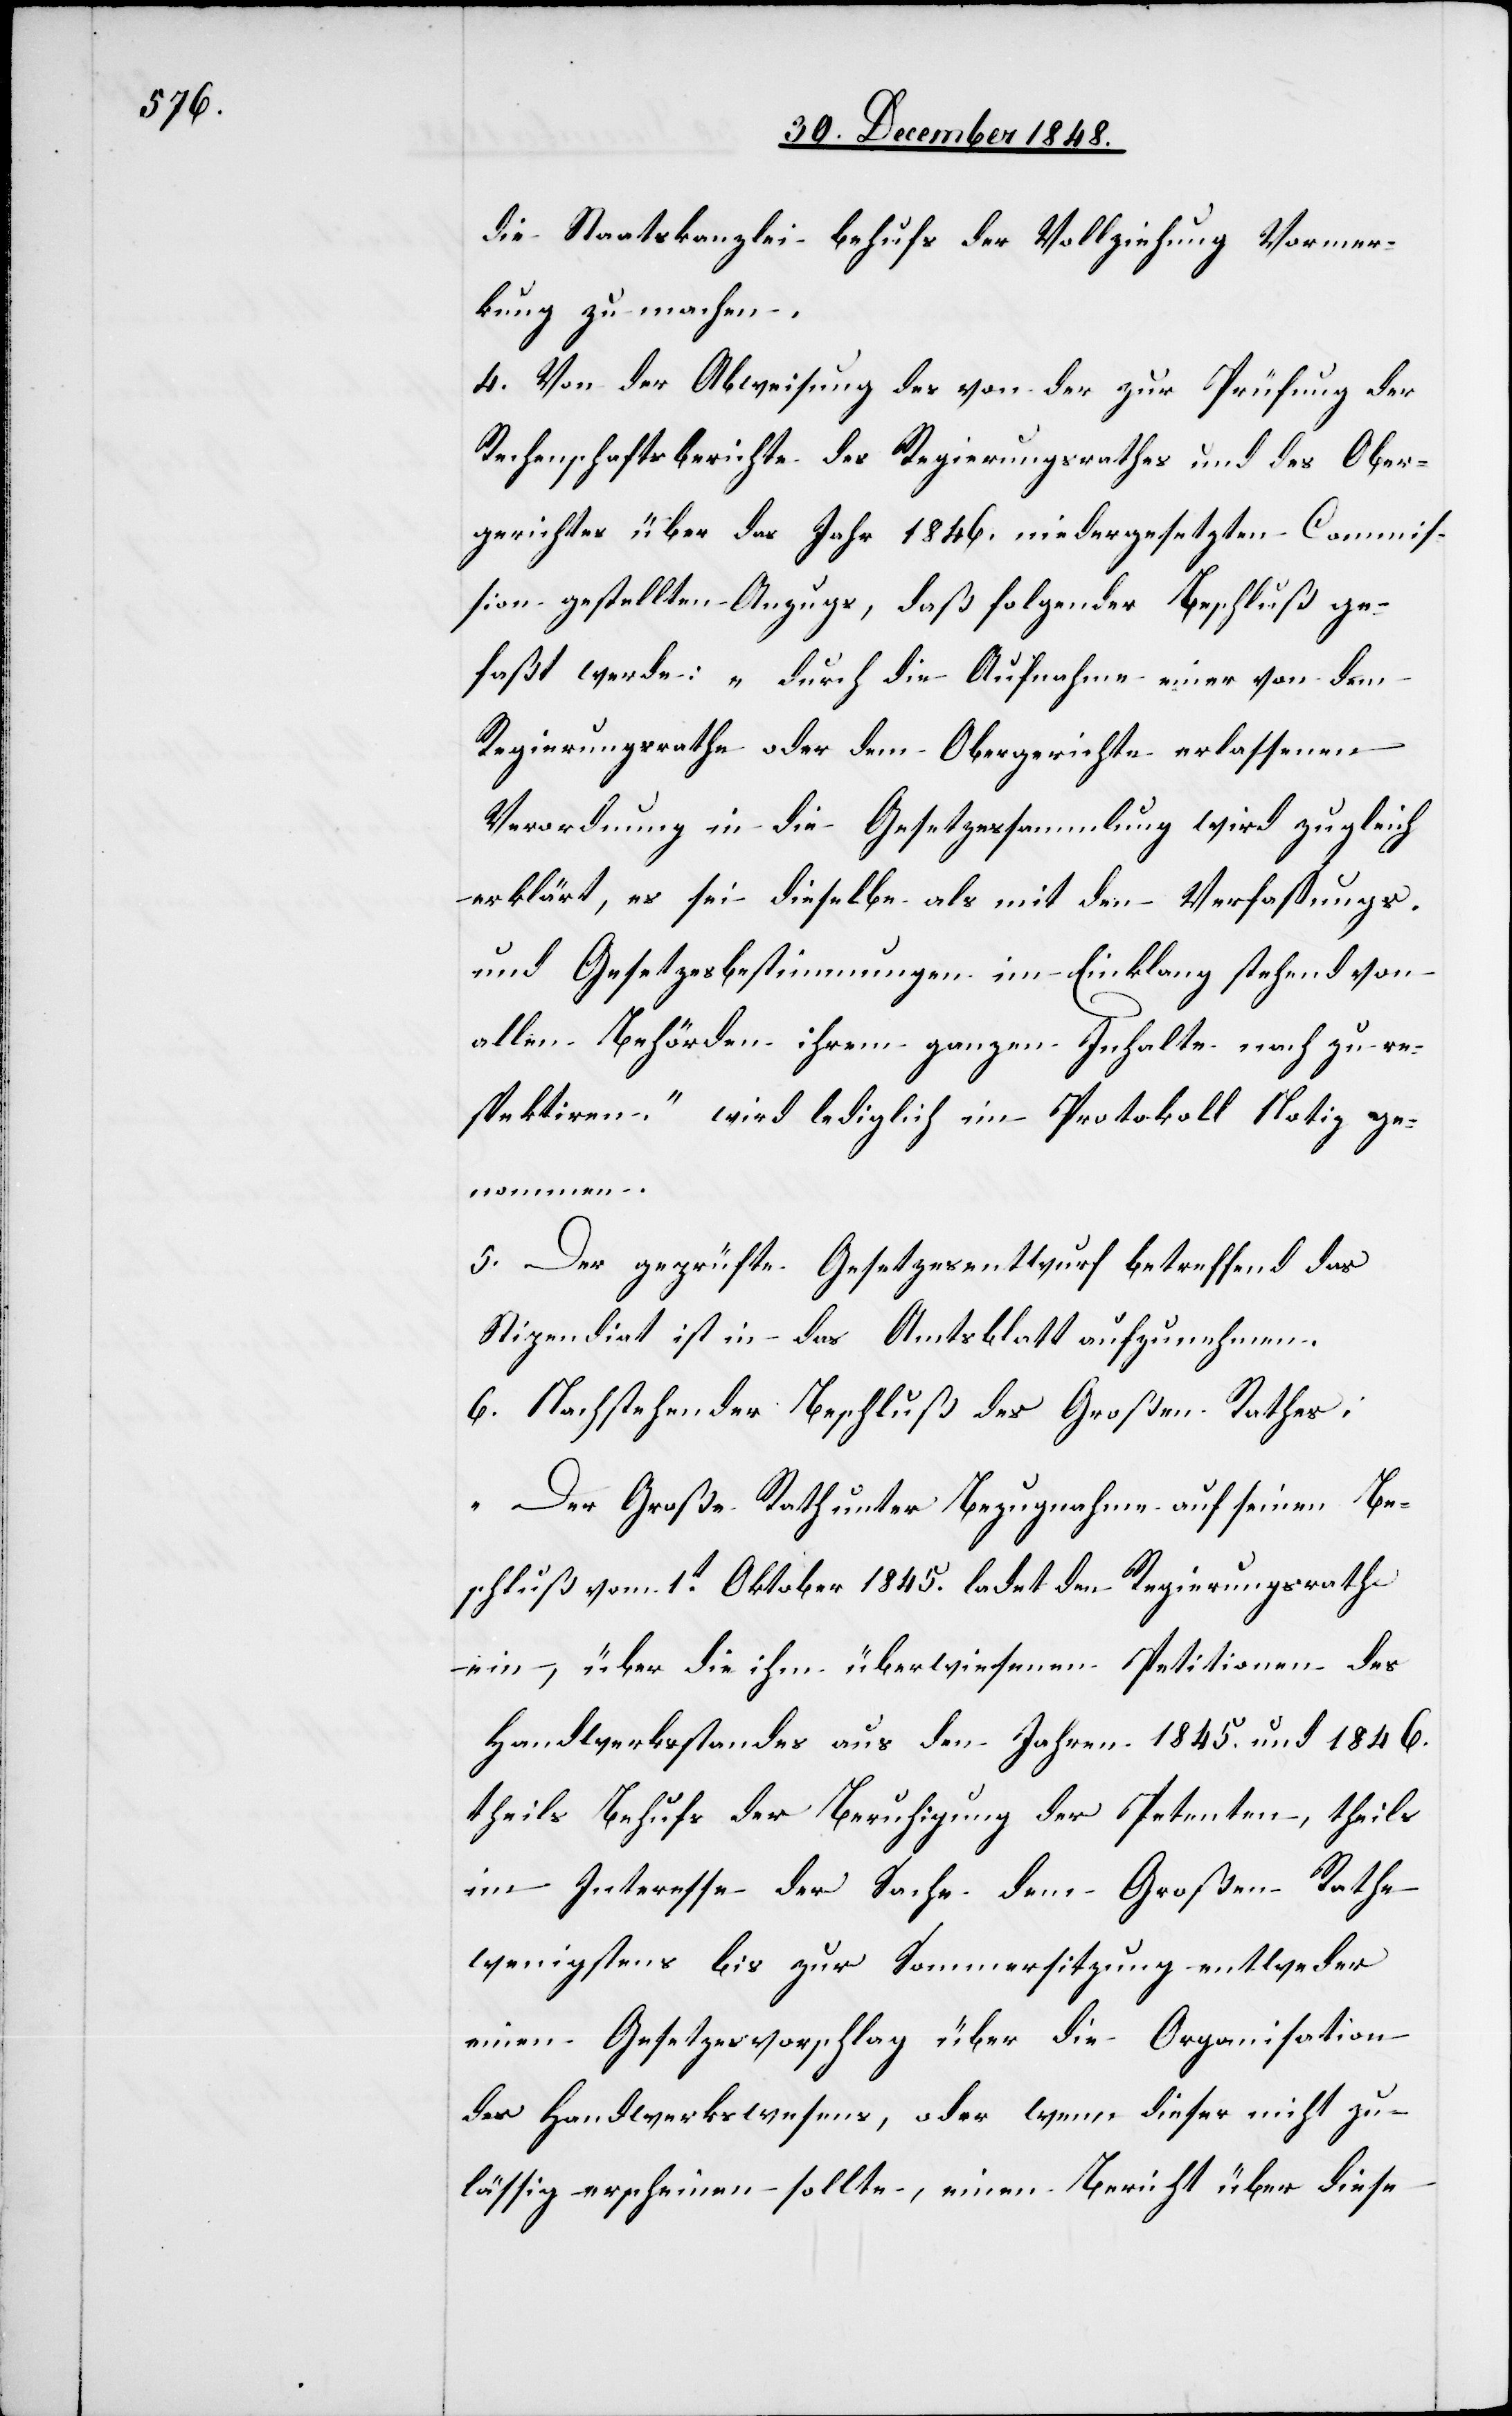
die Staatskanzlei behufs der Vollziehung Vormer¬
kung zu machen.
4. Von der Abweisung des von der zur Prüfung der
Rechenschaftsberichte des Regierungsrathes und des Ober¬
gerichtes über das Jahr 1846. niedergesetzten Commis¬
sion gestellten Anzugs, daß folgender Beschluß ge¬
faßt werde: „Durch die Aufnahme einer von dem
Regierungsrathe oder dem Obergerichte erlassenen
Verordnung in die Gesetzessammlung wird zugleich
erklärt, es sei dieselbe als mit den Verfassungs-
und Gesetzesbestimmungen im Einklang stehend von
allen Behörden ihrem ganzen Inhalte nach zu re¬
spektiren.“ wird lediglich im Protokoll Notiz ge¬
nommen.
5. Der geprüfte Gesetzesentwurf betreffend das
Stipendiat ist in das Amtsblatt aufzunehmen.
6. Nachstehender Beschluß des Großen Rathes:
„Der Große Rath unter Bezugnahme auf seinen Be¬
schluß vom 1t Oktober 1845. ladet den Regierungsrath
ein, über die ihm überwiesenen Petitionen des
Handwerksstandes aus den Jahren 1845. und 1846.
theils Behufs der Beruhigung der Petenten, theils
im Interesse der Sache dem Großen Rathe
wenigstens bis zur Sommersitzung entweder
einen Gesetzesvorschlag über die Organisation
des Handwerkswesens, oder wenn dieser nicht zu¬
lässig erscheinen sollte, einen Bericht über diese